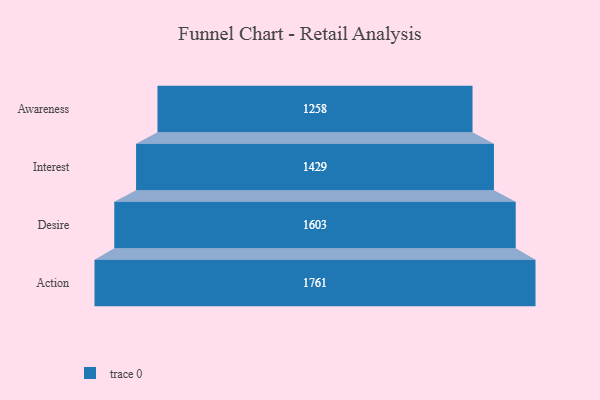
{"axis": {"x": "Stage", "y": "Value"}, "legend": [""], "data": [{"x": "Awareness", "y": 1258.0, "type": ""}, {"x": "Interest", "y": 1429.0, "type": ""}, {"x": "Desire", "y": 1603.0, "type": ""}, {"x": "Action", "y": 1761.0, "type": ""}]}